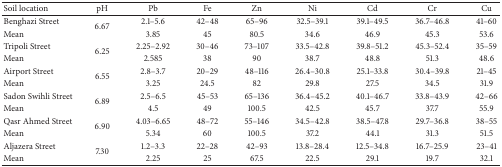
| Soil location | pH | Pb | Fe | Zn | Ni | Cd | Cr | Cu |
 | --- | --- | --- | --- | --- | --- | --- | --- | --- |
 | Benghazi Street | <ROWSPAN=2> 6.67 | 2.1–5.6 | 42–48 | 65–96 | 32.5–39.1 | 39.1–49.5 | 36.7–46.8 | 41–60 |
 | Mean | 3.85 | 45 | 80.5 | 34.6 | 46.9 | 45.3 | 53.6 |
 | Tripoli Street | <ROWSPAN=2> 6.25 | 2.25–2.92 | 30–46 | 73–107 | 33.5–42.8 | 39.8–51.2 | 45.3–52.4 | 35–59 |
 | Mean | 2.585 | 38 | 90 | 38.7 | 48.8 | 51.3 | 48.6 |
 | Airport Street | <ROWSPAN=2> 6.55 | 2.8–3.7 | 20–29 | 48–116 | 26.4–30.8 | 25.1–33.8 | 30.4–39.8 | 21–45 |
 | Mean | 3.25 | 24.5 | 82 | 29.8 | 27.5 | 34.5 | 31.9 |
 | Sadon Swihli Street | <ROWSPAN=2> 6.89 | 2.5–6.5 | 45–53 | 65–136 | 36.4–45.2 | 40.1–46.7 | 33.8–43.9 | 42–66 |
 | Mean | 4.5 | 49 | 100.5 | 42.5 | 45.7 | 37.7 | 55.9 |
 | Qasr Ahmed Street | <ROWSPAN=2> 6.90 | 4.03–6.65 | 48–72 | 55–146 | 34.5–42.8 | 38.5–47.8 | 29.7–36.8 | 38–55 |
 | Mean | 5.34 | 60 | 100.5 | 37.2 | 44.1 | 31.3 | 51.5 |
 | Aljazera Street | <ROWSPAN=2> 7.30 | 1.2–3.3 | 22–28 | 42–93 | 13.8–28.4 | 12.5–34.8 | 16.7–25.9 | 23–41 |
 | Mean | 2.25 | 25 | 67.5 | 22.5 | 29.1 | 19.7 | 32.1 |